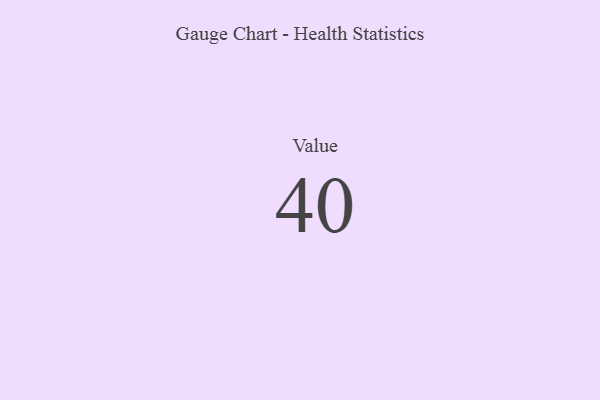
{"axis": {"x": "Metric", "y": "Value"}, "legend": [""], "data": [{"x": "Value", "y": 40, "type": ""}]}